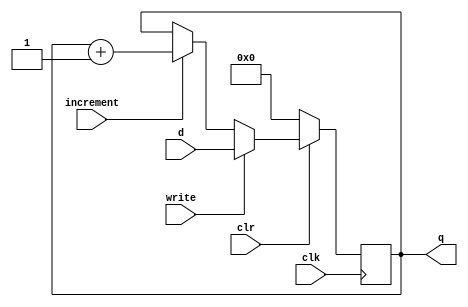
// 32-Bit Program Counter Register

module PCRegister #(parameter val = 0)(
  output reg [31:0] q,
  input [31:0] d,
  input clr, clk, write, increment
);
  
  always @ (posedge clk) begin
    if (clr == 0)
        q = 0;
    else if (write)
        q = d;
    else if (increment)
        q = q + 1;
   end
	initial q = val; // assign initial value
endmodule // PCRegister